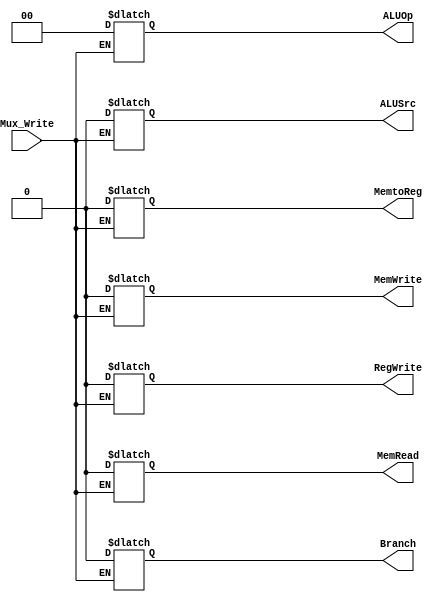
module Mux_control(Mux_Write, Branch, MemRead, MemtoReg, MemWrite, ALUSrc, RegWrite, ALUOp);
  
  input Mux_Write;
  output reg Branch;
  output reg MemRead;
  output reg MemtoReg; 
  output reg MemWrite;
  output reg ALUSrc;
  output reg RegWrite;
  output reg [1:0] ALUOp;
  
  always@(*)
    begin
      if (~Mux_Write)
        begin
          Branch=0;
          MemRead=0;
          MemtoReg=0;
          MemWrite=0;
          ALUSrc=0;
          RegWrite=0;
          ALUOp=0;
        end
      else
        begin
          Branch=Branch;
          MemRead=MemRead;
          MemtoReg=MemtoReg;
          MemWrite=MemWrite;
          ALUSrc=ALUSrc;
          RegWrite=RegWrite;
          ALUOp=ALUOp;
        end
    end
endmodule